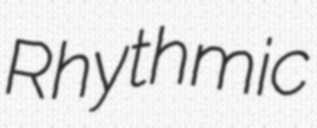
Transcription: Rhythmic